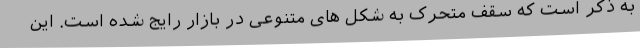
به ذکر است که سقف متحرک به شکل های متنوعی در بازار رایج شده است. این